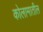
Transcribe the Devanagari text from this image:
कोलामातील